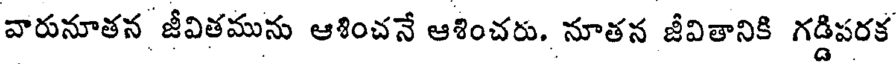
వారునూతన జీవితమును ఆశించనే ఆశించరు. నూతన జీవితానికి గడ్డిపరక